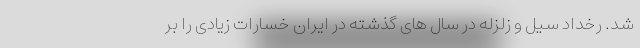
شد. رخداد سیل و زلزله در سال های گذشته در ایران خسارات زیادی را بر